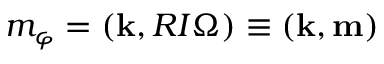
m _ { \varphi } = ( { \bf k } , R I { \boldsymbol \Omega } ) \equiv ( { \bf k } , { \bf m } )